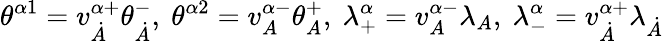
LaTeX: \theta^{\alpha 1}=v_{\dot{A}}^{\alpha+}\theta_{\dot{A}}^{-},\ \theta^{\alpha 2}=v_{A}^{\alpha-}\theta_{A}^{+},\ \lambda_{+}^{\alpha}=v_{A}^{\alpha-}\lambda_{A},\ \lambda_{-}^{\alpha}=v_{\dot{A}}^{\alpha+}\lambda_{\dot{A}}